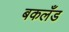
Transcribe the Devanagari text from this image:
बकलँड